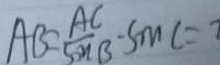
A B = \frac { A C } { \sin B } \cdot S _ { M } c = 7